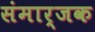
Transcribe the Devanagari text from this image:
संमार्जक